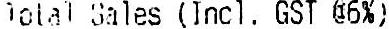
TOTAL SALES (INCL. GST @6%)